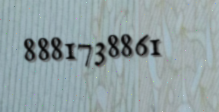
8881738861